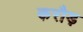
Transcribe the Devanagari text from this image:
करौड़